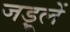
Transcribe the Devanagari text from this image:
जड़ूलें